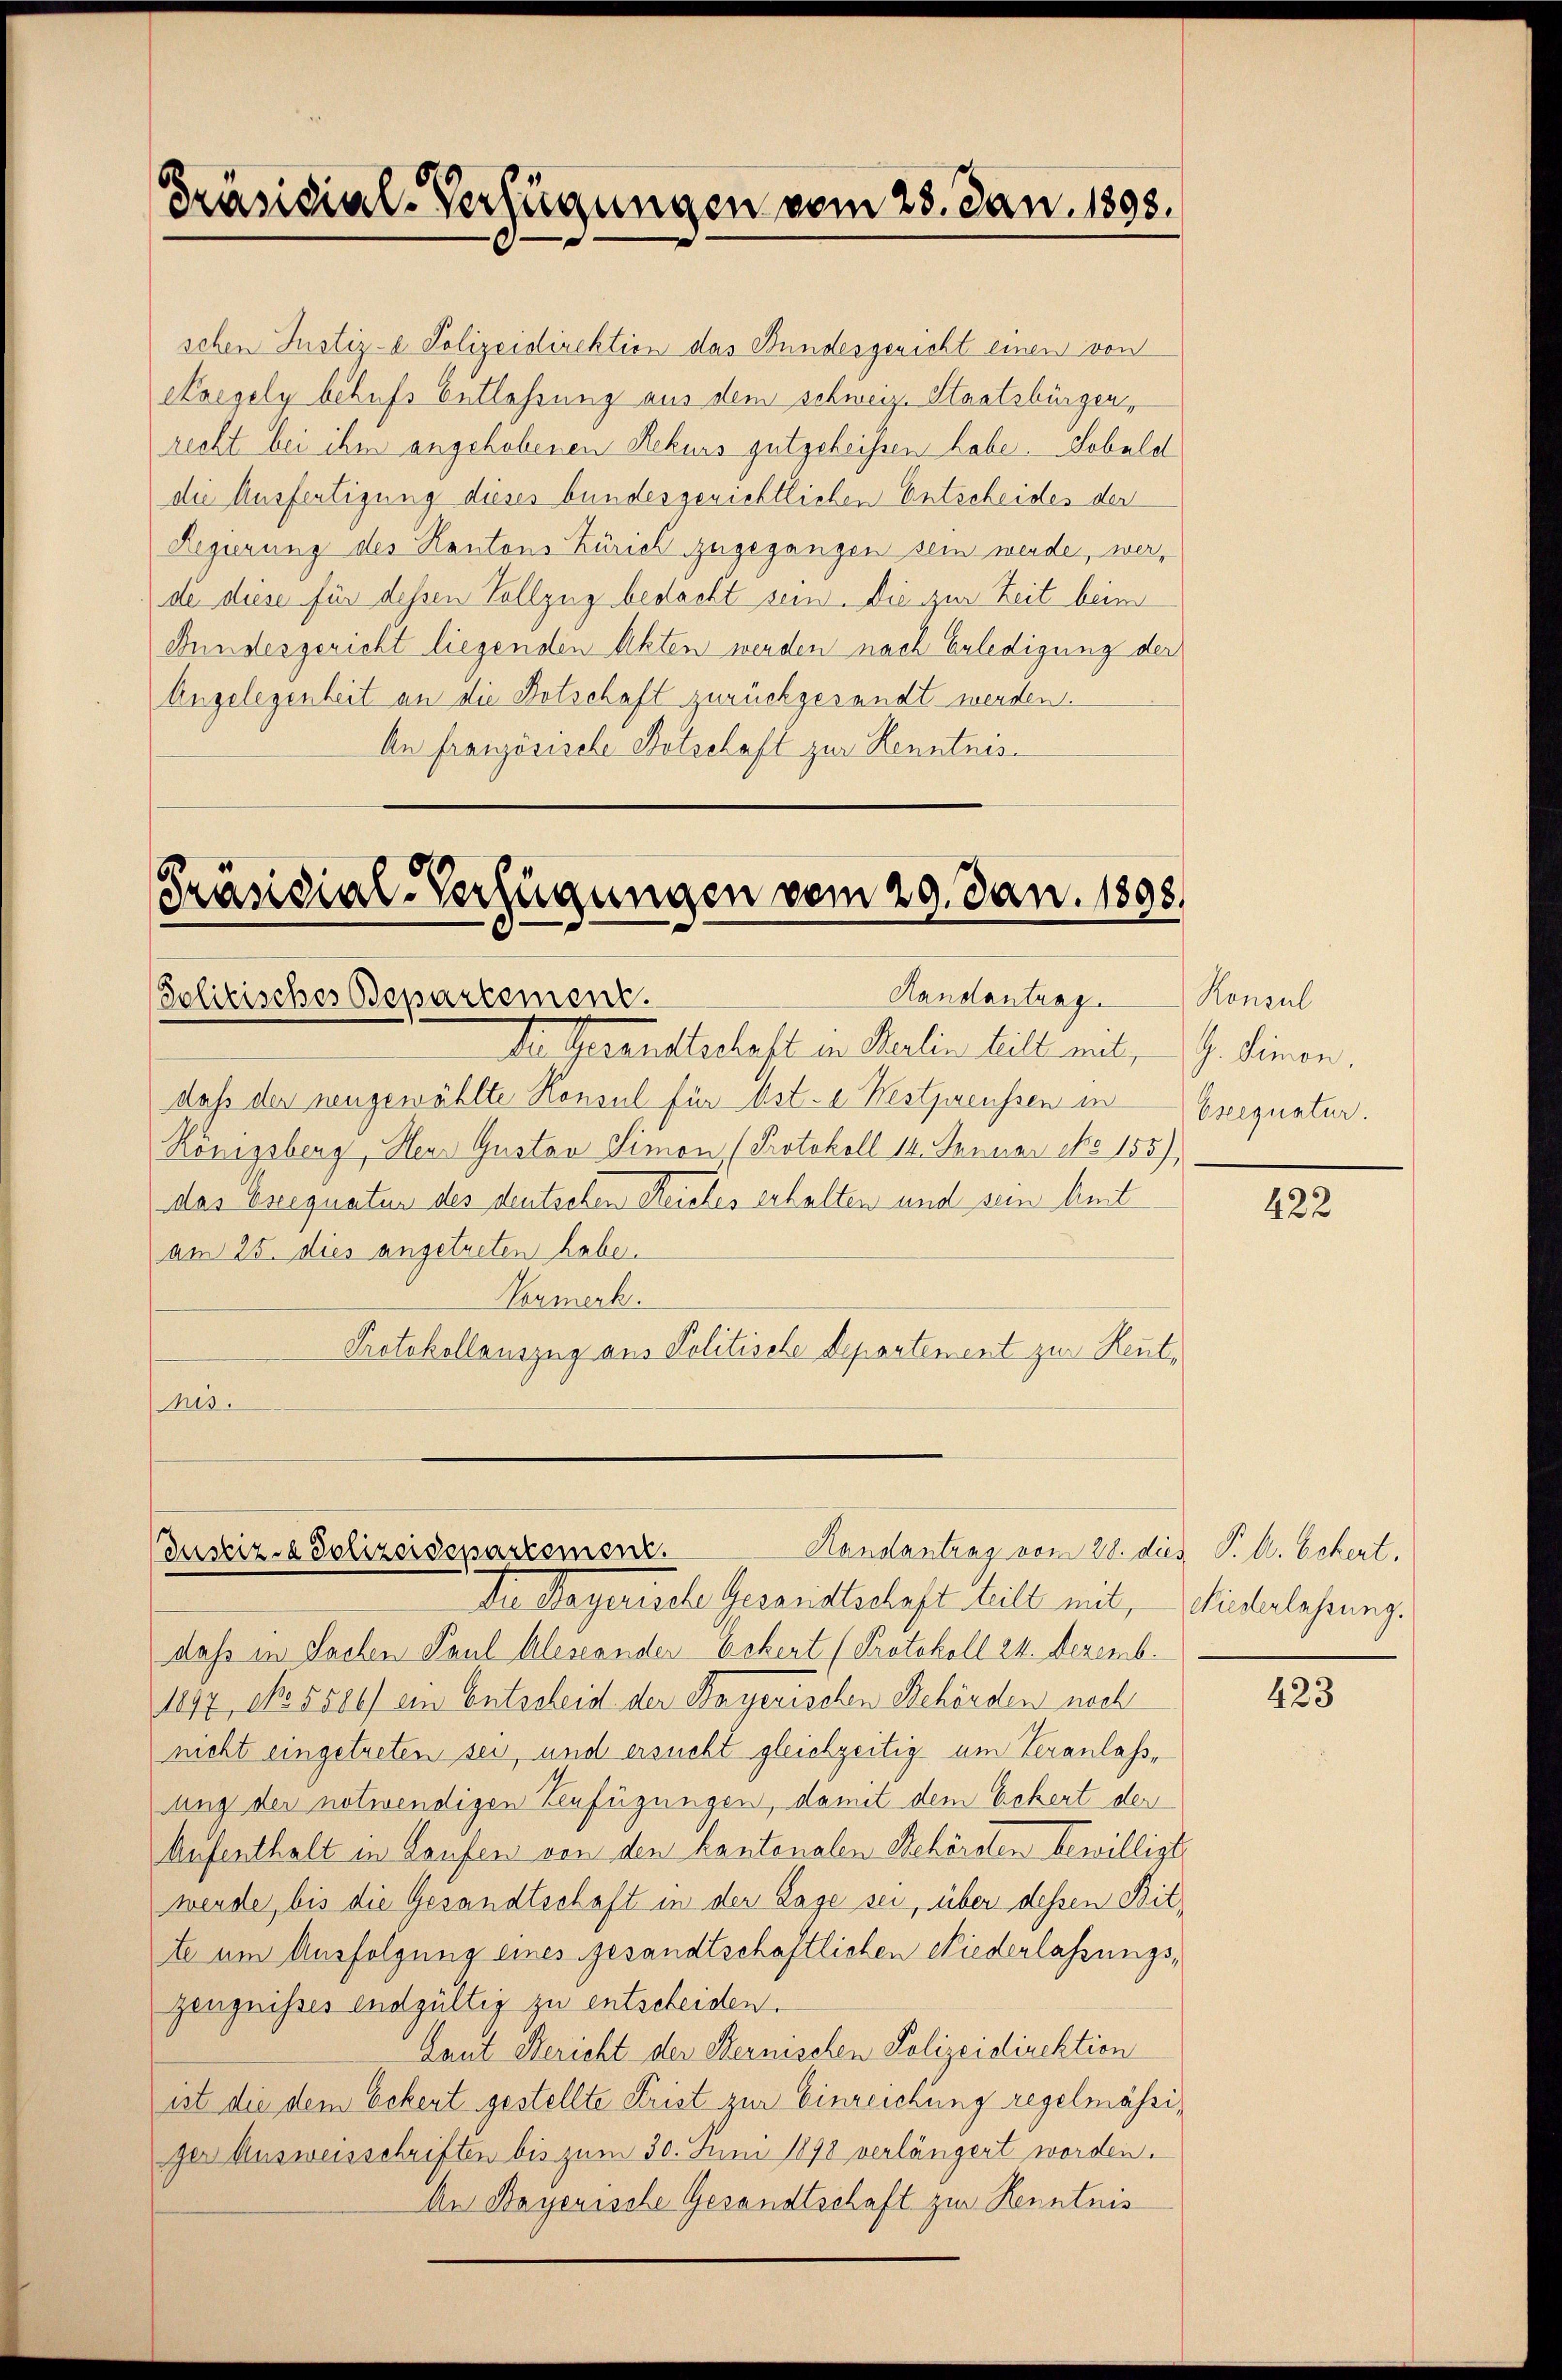
Präsidial-Verfügungen vom 28. Jan. 1898.

schen Justiz- & Polizeidirektion das Bundesgericht einen von
Koesely behufs Entlassung aus dem schweiz. Staatsbürgen,
recht bei ihm angehobenen Rekurs gutgeheißen habe. Sobald
die Ausfertigung dieses bundesgerichtlichen Entscheides der
Regierung des Kantons Zürich zugegangen sein werde, werde diese für dessen Vollzug bedacht sein. Die zur Zeit beim
Bundesgericht liegenden Akten werden nach Erledigung der
Angelegenheit an die Botschaft zurückgesandt werden.
An Französische Botschaft zur Kenntnis¬

Präsidial-Verfügungen vom 29. Jan. 1898.
Handantrag Konsul
Solitisches Departement.

Der Gesandtschaft in Berlin bill mit, G. Simon,
daß der neugewählte Konsul für st. e. Westpreussen in
Königsberg, Herr Gustav Simon (Protokoll 14. Januar No 155),
ddas Exequatur des deutschen Reiches erhalten und sein heit
am 25. dies angetreten habe.
Numerk.
Protokollauszug aus Politische Departement zur Reutnus.

Handantrag vom 28. dies P. M. Eckert,
Justiz- & Polizeidepartement.
Der Regerische Gesandtschaft bill mit, Winterlehrung.

daß in Sachen Paul Alescander Eckert (Protokoll 24. Dezemb.
1897, No. 5500 ein Entscheid der Bayerischen Behörden noch
nicht eingetreten sei, und ersucht gleichzeitig um Veranlassung der notwendigen Verfügungen, damit dem Schert der
Aufenthalt in Laufen von den kantonalen Behöreten bewilligt
werde, bis die Gesandtschaft in der Lage sei, über dessen Bitte um Ausfolgung eines gesandtschaftlichen Niederlassungs¬
Zeugnisses endgültig zu entscheiden.
Laut Bericht der Sternischen Polizeidirektion
ist die dem Eckert gestellte Frist zur Einreichung regelmässiger Ausweisschriften bis zum 30. Juni 1890 verlängert worden.
An Bayerische Gesandtschaft zur Kenntnis

Eseequatur.

422

423